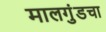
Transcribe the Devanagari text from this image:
मालगुंडचा